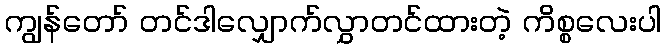
ကျွန်တော် တင်ဒါလျှောက်လွှာတင်ထားတဲ့ ကိစ္စလေးပါ